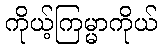
ကိုယ့်ကြမ္မာကိုယ်